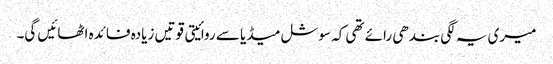
میری یہ لگی بندھی رائے تھی کہ سوشل میڈیا سے روائیتی قوتیں زیادہ فائدہ اٹھائیں گی۔